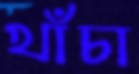
খাঁচা